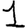
Digit: 1